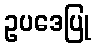
ဥပဒေပြု